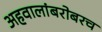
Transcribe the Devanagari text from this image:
अहवालांबरोबरच